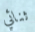
ثنائي